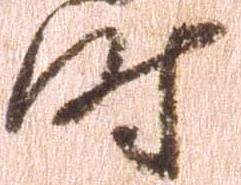
時